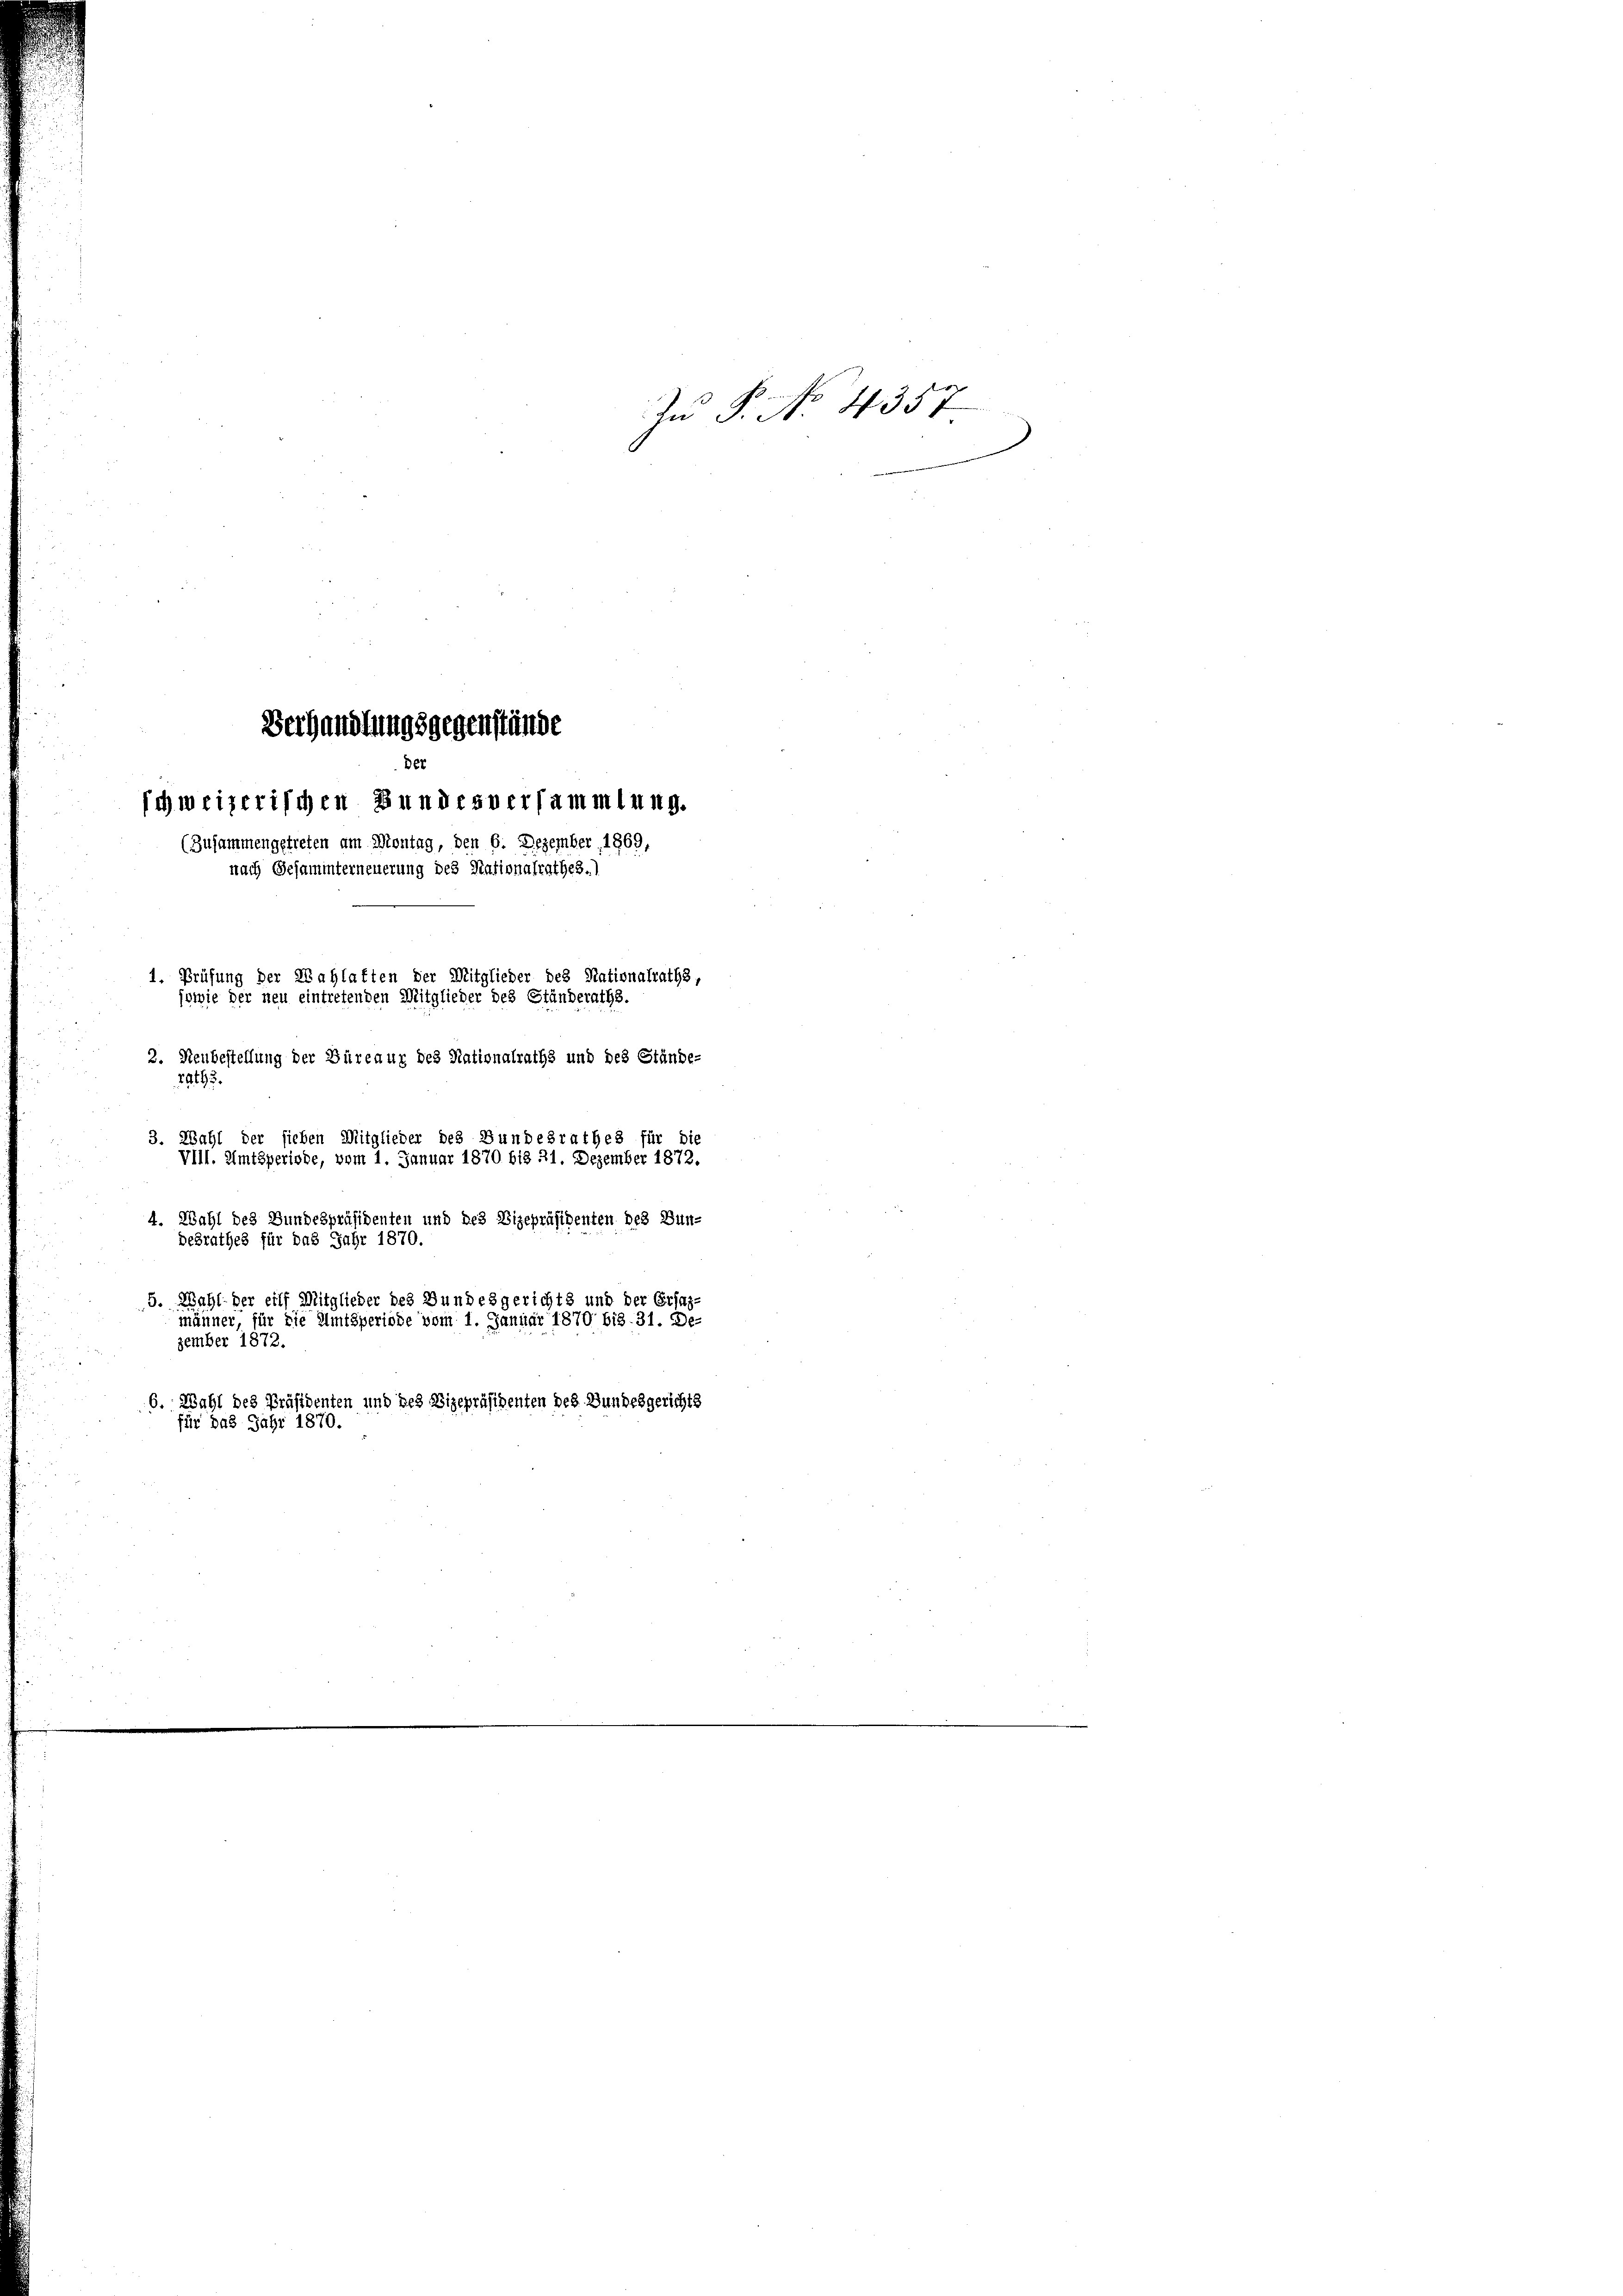
Verhandlungsgegenstände
schweizerischen Bundesversammlung.
(Zusammengetreten am Montag, den 6. Dezember, 1869,
nach Gesaminterneuerung des Stationalrathes.)
1. Prüfung der Wahlaften der Mitglieder des Stationalraths,
sowie der neu eintretenden Mitglieder des Ständeraths.
2. Neubestellung der Büreaux des Nationalraths und des Stände-
2at93.
3. Wahl der sieben Mitglieder des Bundesrathes für die

Der

VIII. Amtsperiode, vom 1. Januar 1870 bis 21. Dezember 1872.
4. Wahl des Bundespräsidenten und des Vizepräsidenten des Bun-
desrathes für das Jahr 1870.
5. Wahl der eilf Mitglieder des Bundesgerichts und der Erf
männer, für die Amtsperiode vom 1. Januar 1870 bis 31. De-
zember 1872.
6. Wahl des Präsidenten und des Vizepräsidenten des Bundesgerichts
für das Jahr 1870.

Zu P. No. 4357